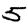
Digit: 5